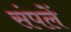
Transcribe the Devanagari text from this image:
संपलें